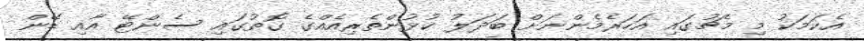
އެކަމަކު މި މެޗުގައި އަހަރެމެންނަށް ބަދަލު ކުޅުންތެރިއެއްގެ ގޮތުގައި ސެންޓޭ އާއި ޑޭން